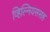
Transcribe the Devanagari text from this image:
व्हिल्नियससह